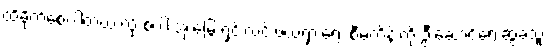
ထိခိုက်စေပါတယ် လို့ စပါးအုံးမြွေ ရှင်းလင်းဖယ်ရှားရေး စီမံကိန်းကို ဦးဆောင်ရေးဆွဲခဲ့သူ